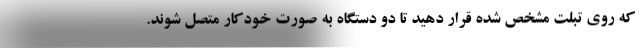
که روی تبلت مشخص شده قرار دهید تا دو دستگاه به صورت خودکار متصل شوند.